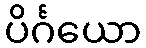
ပိင်္ဂယော